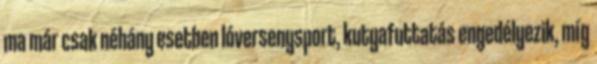
ma már csak néhány esetben lóversenysport, kutyafuttatás engedélyezik, míg